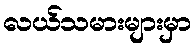
လယ်သမားများမှာ